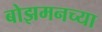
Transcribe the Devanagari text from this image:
बोझमनच्या